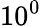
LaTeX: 10^{0}